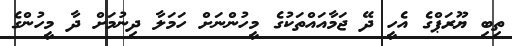
ތިބި ޔޫރަޕްގެ އެހީ ދޭ ޖަމާއައްތަކުގެ މީހުންނަށް ހަމަލާ ދިނުމަށް ދާ މީހުންގެ